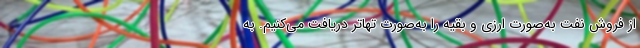
از فروش نفت به‌صورت ارزی و بقیه را به‌صورت تهاتر دریافت می‌کنیم. به